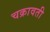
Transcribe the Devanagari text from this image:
चक्रावती